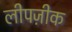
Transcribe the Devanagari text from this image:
लीपज़ीक